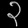
Digit: ၃